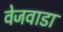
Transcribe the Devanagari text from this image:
वेजवाडा